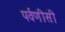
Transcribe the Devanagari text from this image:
पर्वणीसी